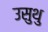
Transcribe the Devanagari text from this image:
उसुथु